Reports on military cantonments and civil stations in the Presidency of Bombay inspected by the Sanitary Commissioner in the years 1875 and 1876
Year: 1875
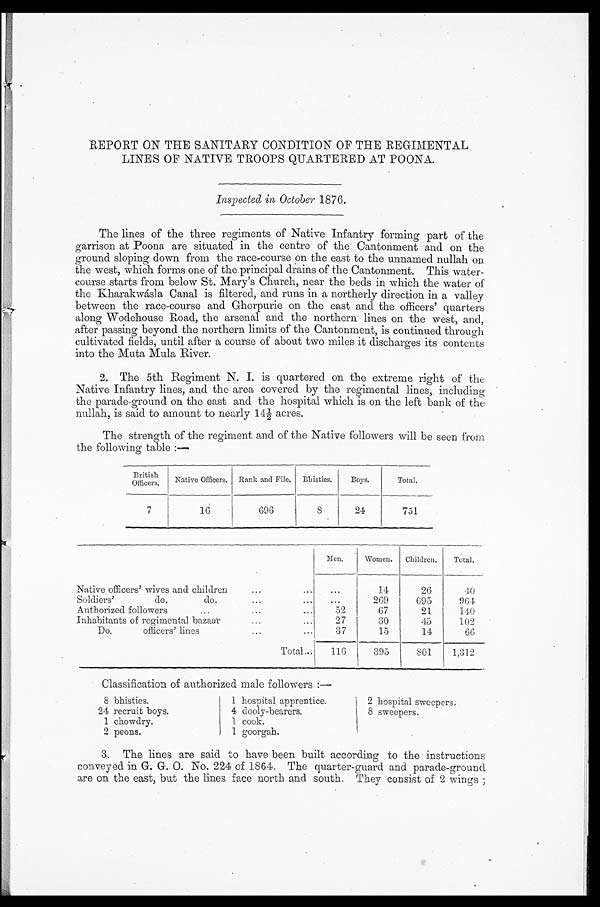
REPORT ON THE SANITARY CONDITION OF THE REGIMENTAL
LINES OF NATIVE TROOPS QUARTERED AT POONA.
Inspected in October 1876.
The lines of the three regiments of Native Infantry forming part of the
garrison at Poona are situated in the centre of the Cantonment and on the
ground sloping down from the race-course on the east to the unnamed nullah on
the west, which forms one of the principal drains of the Cantonment. This water-
course starts from below St. Mary's Church, near the beds in which the water of
the Kharakwásla Canal is filtered, and runs in a northerly direction in a valley
between the race-course and Ghorpurie on the east and the officers' quarters
along Wodehouse Road, the arsenal and the northern lines on the west, and,
after passing beyond the northern limits of the Cantonment, is continued through
cultivated fields, until after a course of about two miles it discharges its contents
into the Muta Mula River.
2. The 5th Regiment N. I. is quartered on the extreme right of the
Native Infantry lines, and the area covered by the regimental lines, including
the parade-ground on the east and the hospital which is on the left bank of the
nullah, is said to amount to nearly 14½ acres.
The strength of the regiment and of the Native followers will be seen from
the following table :—
British
Officers.
Native Officers.
Rank and File.
Bhisties.
Boys.
T o t a l .
7
16
696
8
24
751
...
Native officers' wives and children..
Men.
Women. Children. Total.
. . .
14
26
40
Soldiers'
do.
do....
...
269
695
964
Authorized followers... ...
52
67
21
140
Inhabitants of regimental bazaar..
27
30
45
102
Do. o f f i c e r s ' l i n e s . . .
3 7
15
14
66
Total...
116
395
801
1,312
Classification of authorized male followers :—
8 bhisties.
1 hospital apprentice.
2 hospital sweepers.
24 recruit boys.
1 chowdry.
4 dooly-bearers.
1 cook.
8 sweepers.
2 peons.
1 goorgah. 0
3. The lines are said to have been built according to the instructions
conveyed in G. G. O. No. 224 of 1864. The quarter-guard and parade-ground
are on the east, but the lines face north and south. They consist of 2 wings ;